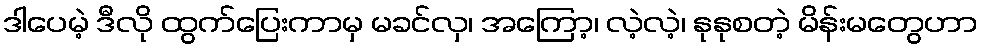
ဒါပေမဲ့ ဒီလို ထွက်ပြေးကာမှ မခင်လှ၊ အကြော့၊ လဲ့လဲ့၊ နုနုစတဲ့ မိန်းမတွေဟာ